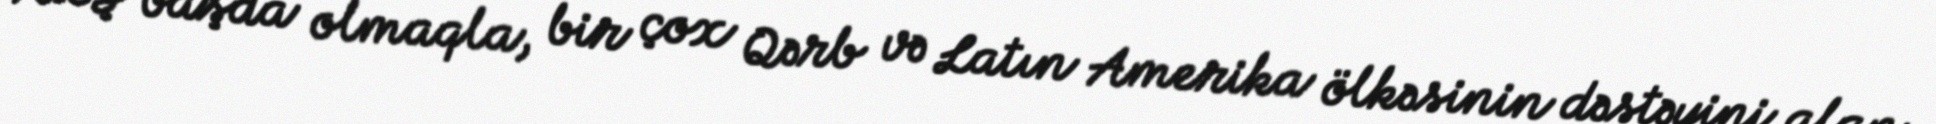
ABŞ başda olmaqla, bir çox Qərb və Latın Amerika ölkəsinin dəstəyini alan